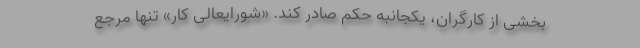
بخشی از کارگران، یکجانبه حکم صادر کند. «شورایعالی کار» تنها مرجع